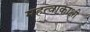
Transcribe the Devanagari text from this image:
महत्वाकाक्षी